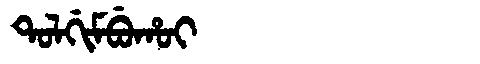
Manchu: ᡨᠣᠯᡤᡳᠮᠪᡠᡥᠣᡳ
Romanization: TOLGIMBUHOI